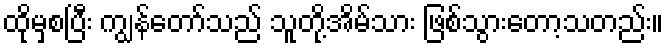
ထိုမှစပြီး ကျွန်တော်သည် သူတို့အိမ်သား ဖြစ်သွားတော့သတည်း။